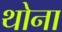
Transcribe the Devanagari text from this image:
थोना